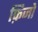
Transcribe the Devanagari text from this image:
फ़िजो